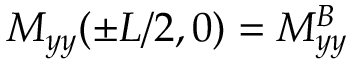
M _ { y y } ( \pm L / 2 , 0 ) = M _ { y y } ^ { B }